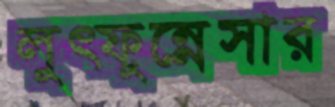
লুত্ফুন্নেসার